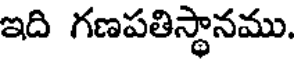
ఇది గణపతిస్థానము.